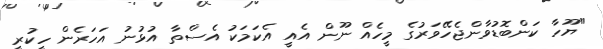
"ޔޫހާ ކަންބޮޑުވާންޖެހޭވަރުގެ މީހެއް ނޫން އެއީ އެކަމަކު އެސްތާ އުޅުނު އަހަރެން ހީކުރީ